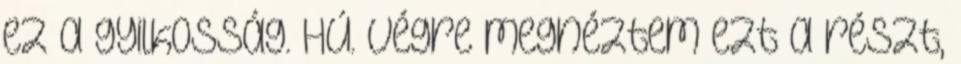
ez a gyilkosság. Hú. Végre megnéztem ezt a részt,